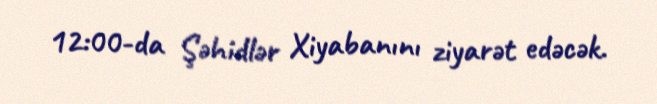
12:00-da Şəhidlər Xiyabanını ziyarət edəcək.